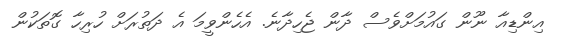
އިންޑިއާ ނޫން ގައުމަށްވެސް ދާން ޖެހިދާނެ. އެހެންވީމަ އެ ދަތުރަށް ހުރިހާ ގޮތަކުން